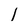
Character: 1